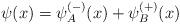
LaTeX: \begin{align*}\psi (x)=\psi _{A}^{\left( -\right) }(x)+\psi _{B}^{\left( +\right) }(x)\end{align*}